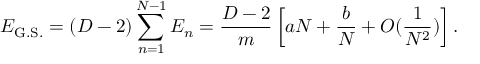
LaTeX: E _ { \mathrm { G . S . } } = ( D - 2 ) \sum _ { n = 1 } ^ { N - 1 } E _ { n } = { \frac { D - 2 } { m } } \left[ a N + { \frac { b } { N } } + O ( { \frac { 1 } { N ^ { 2 } } } ) \right] .